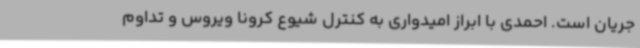
جریان است. احمدی با ابراز امیدواری به کنترل شیوع کرونا ویروس و تداوم